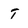
Character: T